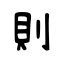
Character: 則